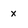
Character: x